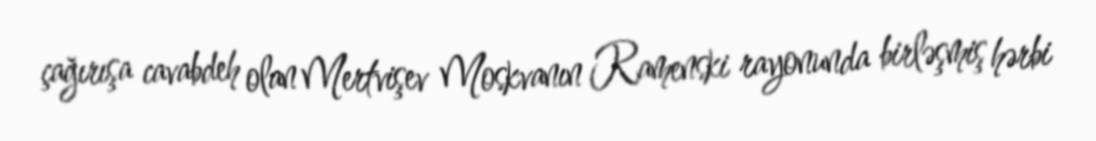
çağırışa cavabdeh olan Mertvişev Moskvanın Ramenski rayonunda birləşmiş hərbi